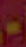
-